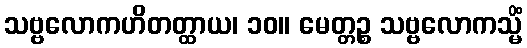
သဗ္ဗလောကဟိတတ္ထာယ၊ ၁၀။ မေတ္တဉ္စ သဗ္ဗလောကသ္မိံ